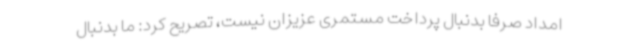
امداد صرفا بدنبال پرداخت مستمری عزیزان نیست، تصریح کرد: ما بدنبال